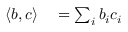
\begin{array} { r l } { \langle b , c \rangle } & { { } = \sum _ { i } b _ { i } c _ { i } } \end{array}